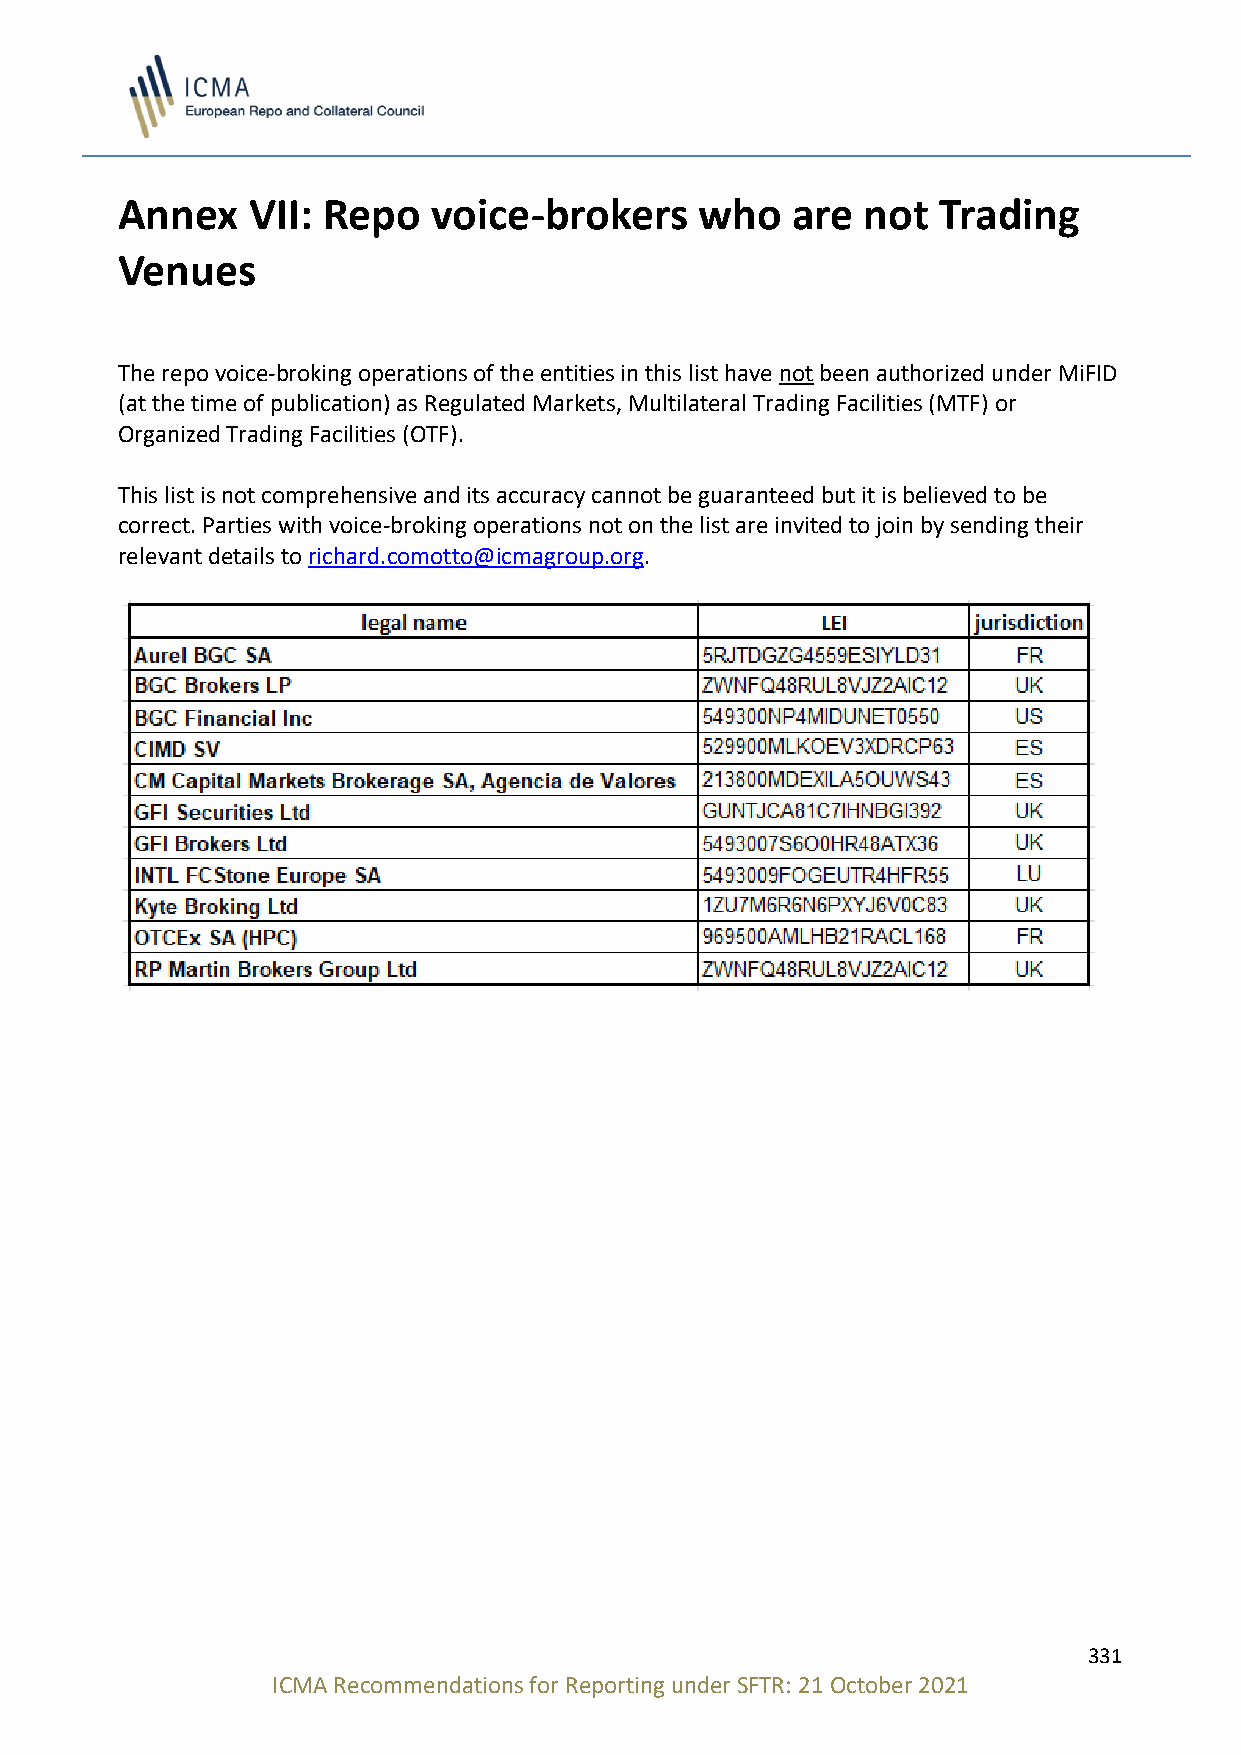
Annex   VII: Repo    voice-brokers    who   are  not  Trading
 Venues
 The repo voice-broking operations of the entities in this list have not been authorized under MiFID
 (at the time of publication) as Regulated Markets, Multilateral Trading Facilities (MTF) or
 Organized Trading Facilities (OTF).
 This list is not comprehensive and its accuracy cannot be guaranteed but it is believed to be
 correct. Parties with voice-broking operations not on the list are invited to join by sending their
 relevant details to richard.comotto@icmagroup.org.
 331
 ICMA Recommendations for Reporting under SFTR: 21 October 2021